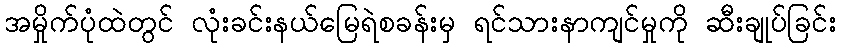
အမှိုက်ပုံထဲတွင် လုံးခင်းနယ်မြေရဲစခန်းမှ ရင်သားနာကျင်မှုကို ဆီးချုပ်ခြင်း